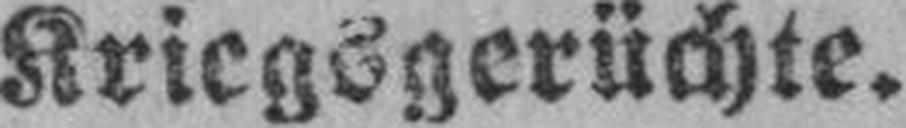
Kriegsgerüchte.